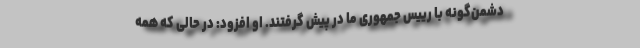
دشمن‌گونه با رییس جمهوری ما در پیش گرفتند. او افزود: در حالی که همه